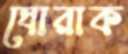
ঘোরাক